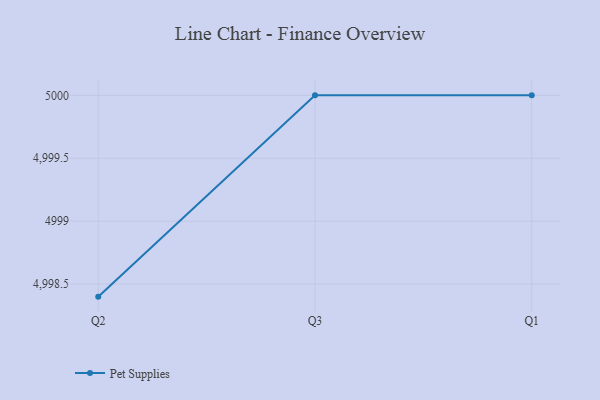
{"axis": {"x": "Quarter", "y": "Satisfaction Score"}, "legend": ["Pet Supplies"], "data": [{"x": "Q2", "y": 4998.4, "type": "Pet Supplies"}, {"x": "Q3", "y": 5000, "type": "Pet Supplies"}, {"x": "Q1", "y": 5000, "type": "Pet Supplies"}]}